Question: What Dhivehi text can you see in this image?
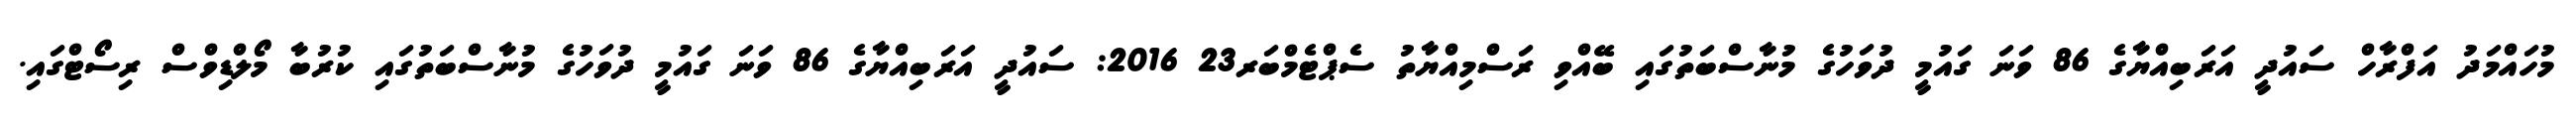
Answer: މުހައްމަދު އަފްރާހް ސައުދީ އަރަބިއްޔާގެ 86 ވަނަ ގައުމީ ދުވަހުގެ މުނާސްބަތުގައި ބޭއްވި ރަސްމިއްޔާތު ސެޕްޓެމްބަރ23 2016: ސައުދީ އަރަބިއްޔާގެ 86 ވަނަ ގައުމީ ދުވަހުގެ މުނާސްބަތުގައި ކުރުބާ މޯލްޑިވްސް ރިސޯޓްގައި.